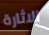
الاثارة